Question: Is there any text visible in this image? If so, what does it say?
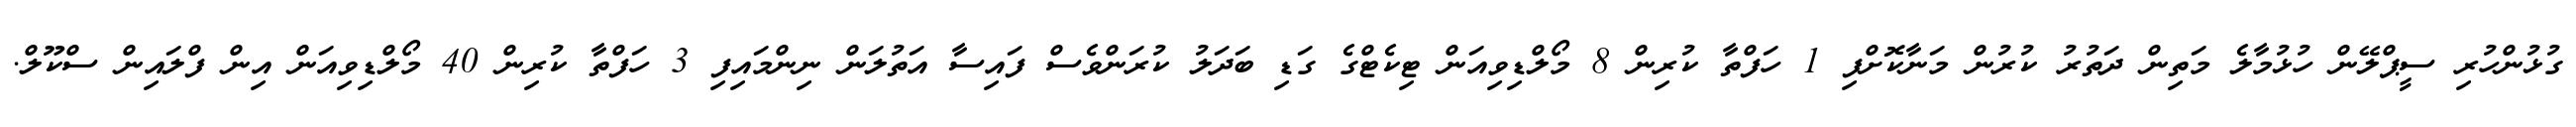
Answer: ގުޅުންހުރި ސީޕްލޭން ހުޅުމާލެ މަތިން ދަތުރު ކުރުން މަނާކޮށްފި 1 ހަފްތާ ކުރިން 8 މޯލްޑިވިއަން ޓިކެޓްގެ ގަޑި ބަދަލު ކުރަންވެސް ފައިސާ އަތުލަން ނިންމައިފި 3 ހަފްތާ ކުރިން 40 މޯލްޑިވިއަން އިން ފްލައިން ސްކޫލް.